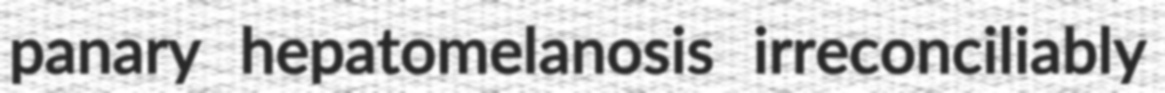
panary hepatomelanosis irreconciliably